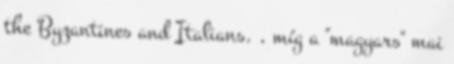
the Byzantines and Italians. , míg a "magyars" mai